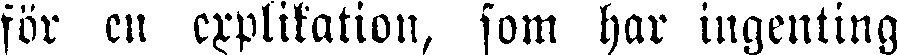
för en explikation, som har ingenting